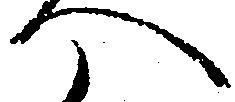
へ